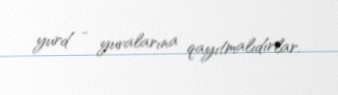
yurd - yuvalarına qayıtmalıdırlar.